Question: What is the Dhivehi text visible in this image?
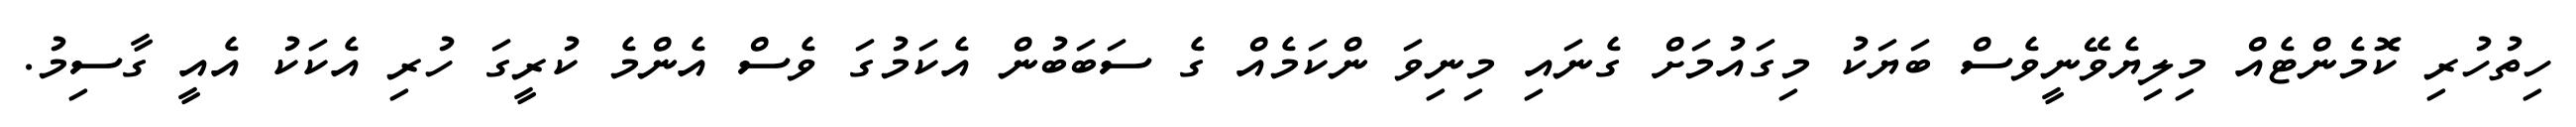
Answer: ހިތުހުރި ކޮމެންޓެއް މިލިޔެވޭނީވެސް ބަޔަކު މިގައުމަށް ގެނައި މިނިވަ ންކަމެއް ގެ ސަބަބުން އެކަމުގަ ވެސް އެންމެ ކުރީގަ ހުރި އެކަކު އެއީ ގާސިމު.